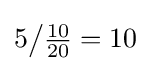
5{\big /}{\tfrac {10}{20}}=10